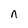
Character: n